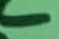
Text: -